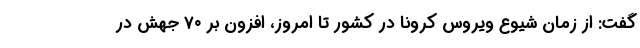
گفت: از زمان شیوع ویروس کرونا در کشور تا امروز، افزون بر ۷۰ جهش در